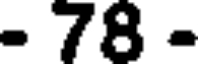
- 78 -